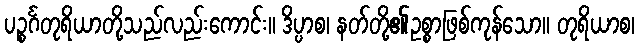
ပဉ္စင်္ဂတုရိယာတို့သည်လည်းကောင်း။ ဒိပ္ပာစ၊ နတ်တို့၏ဥစ္စာဖြစ်ကုန်သော။ တုရိယာစ၊